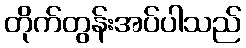
တိုက်တွန်းအပ်ပါသည်